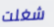
شغلت